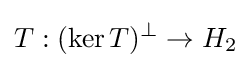
T:(\ker T)^{\bot }\to H_{2}